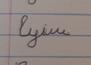
Signature authenticity: forged